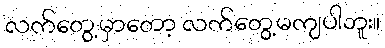
လက်တွေ့မှာတော့ လက်တွေ့မကျပါဘူး။